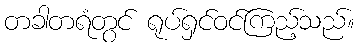
တခါတရံတွင် ရုပ်ရှင်ဝင်ကြည့်သည်။